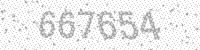
Solution: 667654